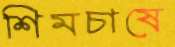
শিমচাষে